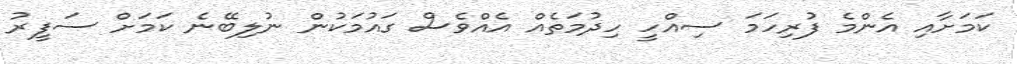
ކަމަށާއި އެންމެ ފުރިހަމަ ސިއްހީ ހިދުމަތެއް އެއްވެސް ގައުމަކުން ނުލިބޭނެ ކަމަށް ސަފީރު